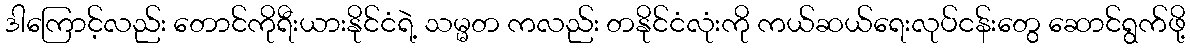
ဒါကြောင့်လည်း တောင်ကိုရီးယားနိုင်ငံရဲ့ သမ္မတ ကလည်း တနိုင်ငံလုံးကို ကယ်ဆယ်ရေးလုပ်ငန်းတွေ ဆောင်ရွက်ဖို့